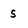
Character: S